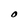
Character: O